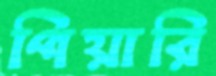
পিয়ারি